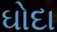
ઘોદા